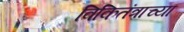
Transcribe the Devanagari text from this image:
विकितंत्राच्या